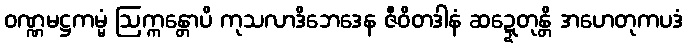
ဝဏ္ဏမဋ္ဌကမ္မံ ဩက္ကန္တောပိ ကုသလာဒိဘေဒေန ဇီဝိတဒါနံ ဆဍ္ဍေတုန္တိ အဟေတုကပဒံ